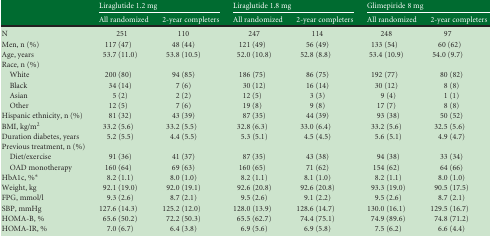
<table><thead><tr><td></td><td colspan="2"><b>Liraglutide 1.2 mg</b></td><td colspan="2"><b>Liraglutide 1.8 mg</b></td><td colspan="2"><b>Glimepiride 8 mg</b></td></tr><tr><td></td><td><b>All randomized</b></td><td><b>2-year completers</b></td><td><b>All randomized</b></td><td><b>2-year completers</b></td><td><b>All randomized</b></td><td><b>2-year completers</b></td></tr></thead><tbody><tr><td>N</td><td>251</td><td>110</td><td>247</td><td>114</td><td>248</td><td>97</td></tr><tr><td>Men, n (%)</td><td>117 (47)</td><td>48 (44)</td><td>121 (49)</td><td>56 (49)</td><td>133 (54)</td><td>60 (62)</td></tr><tr><td>Age, years</td><td>53.7 (11.0)</td><td>53.8 (10.5)</td><td>52.0 (10.8)</td><td>52.8 (8.8)</td><td>53.4 (10.9)</td><td>54.0 (9.7)</td></tr><tr><td colspan="7">Race, n (%)</td></tr><tr><td> White</td><td>200 (80)</td><td>94 (85)</td><td>186 (75)</td><td>86 (75)</td><td>192 (77)</td><td>80 (82)</td></tr><tr><td> Black</td><td>34 (14)</td><td>7 (6)</td><td>30 (12)</td><td>16 (14)</td><td>30 (12)</td><td>8 (8)</td></tr><tr><td> Asian</td><td>5 (2)</td><td>2 (2)</td><td>12 (5)</td><td>3 (3)</td><td>9 (4)</td><td>1 (1)</td></tr><tr><td> Other</td><td>12 (5)</td><td>7 (6)</td><td>19 (8)</td><td>9 (8)</td><td>17 (7)</td><td>8 (8)</td></tr><tr><td>Hispanic ethnicity, n (%)</td><td>81 (32)</td><td>43 (39)</td><td>87 (35)</td><td>44 (39)</td><td>93 (38)</td><td>50 (52)</td></tr><tr><td>BMI, kg/m<sup>2</sup></td><td>33.2 (5.6)</td><td>33.2 (5.5)</td><td>32.8 (6.3)</td><td>33.0 (6.4)</td><td>33.2 (5.6)</td><td>32.5 (5.6)</td></tr><tr><td>Duration diabetes, years</td><td>5.2 (5.5)</td><td>4.4 (5.5)</td><td>5.3 (5.1)</td><td>4.5 (4.5)</td><td>5.6 (5.1)</td><td>4.9 (4.7)</td></tr><tr><td colspan="7">Previous treatment, n (%)</td></tr><tr><td> Diet/exercise</td><td>91 (36)</td><td>41 (37)</td><td>87 (35)</td><td>43 (38)</td><td>94 (38)</td><td>33 (34)</td></tr><tr><td> OAD monotherapy</td><td>160 (64)</td><td>69 (63)</td><td>160 (65)</td><td>71 (62)</td><td>154 (62)</td><td>64 (66)</td></tr><tr><td>HbA1c, %*</td><td>8.2 (1.1)</td><td>8.0 (1.0)</td><td>8.2 (1.1)</td><td>8.1 (1.0)</td><td>8.2 (1.1)</td><td>8.0 (1.0)</td></tr><tr><td>Weight, kg</td><td>92.1 (19.0)</td><td>92.0 (19.1)</td><td>92.6 (20.8)</td><td>92.6 (20.8)</td><td>93.3 (19.0)</td><td>90.5 (17.5)</td></tr><tr><td>FPG, mmol/l</td><td>9.3 (2.6)</td><td>8.7 (2.1)</td><td>9.5 (2.6)</td><td>9.1 (2.2)</td><td>9.5 (2.6)</td><td>8.7 (2.1)</td></tr><tr><td>SBP, mmHg</td><td>127.6 (14.3)</td><td>125.2 (12.0)</td><td>128.0 (13.9)</td><td>128.6 (14.7)</td><td>130.0 (16.1)</td><td>129.5 (16.7)</td></tr><tr><td>HOMA-B, %</td><td>65.6 (50.2)</td><td>72.2 (50.3)</td><td>65.5 (62.7)</td><td>74.4 (75.1)</td><td>74.9 (89.6)</td><td>74.8 (71.2)</td></tr><tr><td>HOMA-IR, %</td><td>7.0 (6.7)</td><td>6.4 (3.8)</td><td>6.9 (5.6)</td><td>6.9 (5.8)</td><td>7.5 (6.2)</td><td>6.6 (4.4)</td></tr></tbody></table>